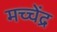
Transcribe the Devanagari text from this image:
मच्चेंद्र